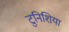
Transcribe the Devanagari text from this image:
टुनिशिया